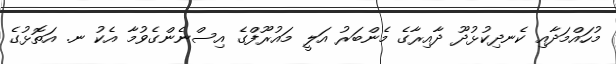
މުހައްމަދާއި ކެނދިކުޅުދޫ ދާއިރާގެ މެންބަރު އަލީ މައުރޫފްގެ އިސްނެންގެވުމާ އެކު ނ. އަތޮޅުގެ